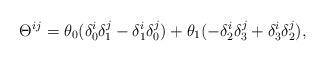
LaTeX: \begin{align*}\Theta ^{ij}=\theta_0(\delta^i_0\delta^j_1 -\delta^i_1\delta^j_0) +\theta_1(-\delta^i_2\delta^j_3+\delta^i_3\delta^j_2),\end{align*}